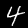
Label: 4